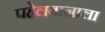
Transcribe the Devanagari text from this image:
पहेलवानाला